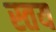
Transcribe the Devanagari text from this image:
स्तय